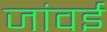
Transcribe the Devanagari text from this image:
जांवई